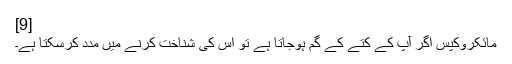
[9]
مائکروکپس اگر آپ کے کتے کے گم ہوجاتا ہے تو اس کی شناخت کرنے میں مدد کرسکتا ہے۔